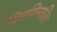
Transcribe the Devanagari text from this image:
चिरयिनकीष़